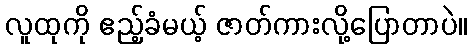
လူထုကို ဧည့်ခံမယ့် ဇာတ်ကားလို့ပြောတာပဲ။